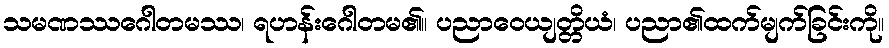
သမဏဿဂေါတမဿ၊ ရဟန်းဂေါတမ၏။ ပညာဝေယျတ္တိယံ၊ ပညာ၏ထက်မျက်ခြင်းကို။